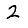
Digit: 2